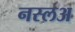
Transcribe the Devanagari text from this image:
नस्लअ